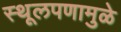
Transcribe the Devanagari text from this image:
स्थूलपणामुळे